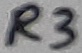
Text: R3